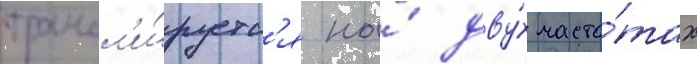
трансл'и́руетс'я на́ дву́х часто́тах